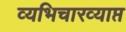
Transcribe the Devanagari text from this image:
व्यभिचारव्याप्त